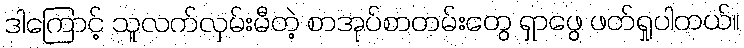
ဒါကြောင့် သူလက်လှမ်းမီတဲ့ စာအုပ်စာတမ်းတွေ ရှာဖွေ ဖတ်ရှုပါတယ်။